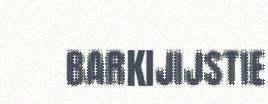
BARKIJIJSTIE